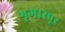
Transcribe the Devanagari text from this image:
शृगारपूर